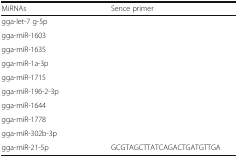
<table><thead><tr><td><b>MiRNAs</b></td><td><b>Sence primer</b></td></tr></thead><tbody><tr><td>gga-let-7 g-5p</td><td>[EMPTY_CELL]</td></tr><tr><td>gga-miR-1603</td><td>[EMPTY_CELL]</td></tr><tr><td>gga-miR-1635</td><td>[EMPTY_CELL]</td></tr><tr><td>gga-miR-1a-3p</td><td>[EMPTY_CELL]</td></tr><tr><td>gga-miR-1715</td><td>[EMPTY_CELL]</td></tr><tr><td>gga-miR-196-2-3p</td><td>[EMPTY_CELL]</td></tr><tr><td>gga-miR-1644</td><td>[EMPTY_CELL]</td></tr><tr><td>gga-miR-1778</td><td>[EMPTY_CELL]</td></tr><tr><td>gga-miR-302b-3p</td><td>[EMPTY_CELL]</td></tr><tr><td>gga-miR-21-5p</td><td>GCGTAGCTTATCAGACTGATGTTGA</td></tr></tbody></table>